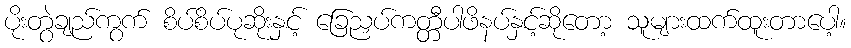
ပိုးတွဲချည်ကွက် စိပ်စိပ်ပုဆိုးနှင့် ခြေညှပ်ကတ္တီပါဖိနပ်နှင့်ဆိုတော့ သူများထက်ထူးတာပေါ့။